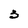
Character: 3